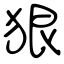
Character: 狠